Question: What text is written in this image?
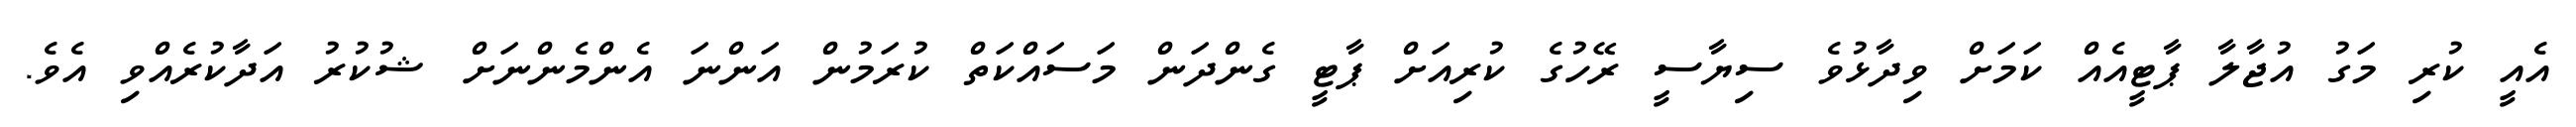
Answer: އެއީ ކުރި މަގު އުޖާލާ ޕާޓީއެއް ކަމަށް ވިދާޅުވެ ސިޔާސީ ރޭހުގެ ކުރިއަށް ޕާޓީ ގެންދަން މަސައްކަތް ކުރަމުން އަންނަ އެންމެންނަށް ޝުކުރު އަދާކުރެއްވި އެވެ.